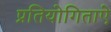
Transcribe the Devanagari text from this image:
प्रतियोगिताऐ